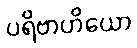
ပရိဗာဟိယော